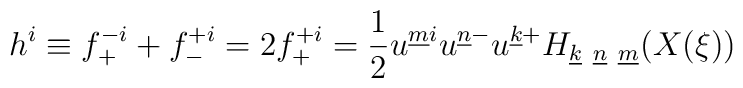
h^i \equiv f^{-i}_{+} + f^{+i}_{-} = 2f^{+i}_{+} = { 1 \over {2}} u^{\underline{m}i}u^{\underline{n}-}u^{\underline{k}+}H_{\underline{k}~\underline{n}~\underline{m}}(X(\xi ))